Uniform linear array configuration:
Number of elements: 8
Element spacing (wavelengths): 0.75
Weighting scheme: hann
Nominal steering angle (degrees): -45
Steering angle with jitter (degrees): -44.178
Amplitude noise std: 0.05
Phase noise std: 0.05

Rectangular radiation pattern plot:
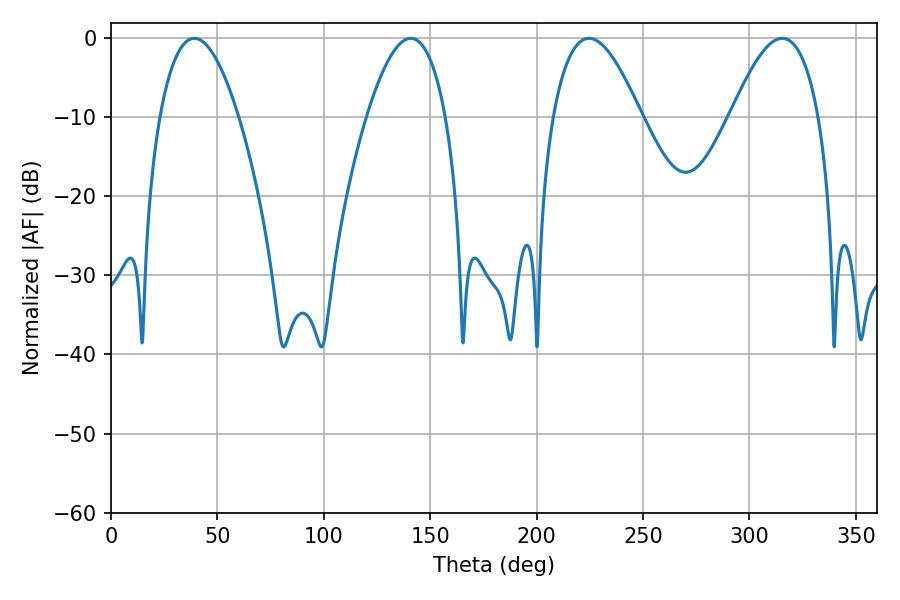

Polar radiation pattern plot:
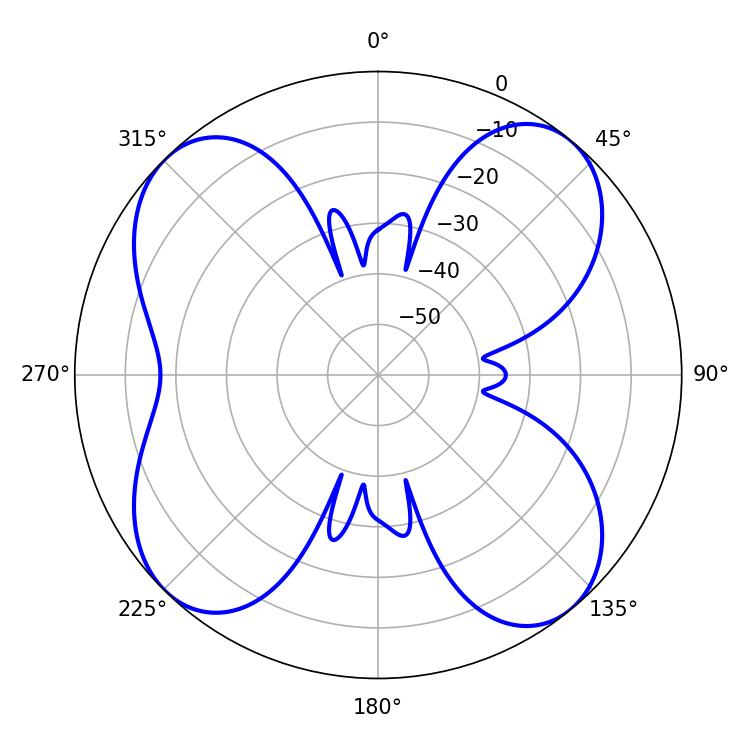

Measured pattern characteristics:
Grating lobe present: TRUE
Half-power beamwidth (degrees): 22.5
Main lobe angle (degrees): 224.64